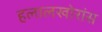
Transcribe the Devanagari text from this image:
हलालखोरांस